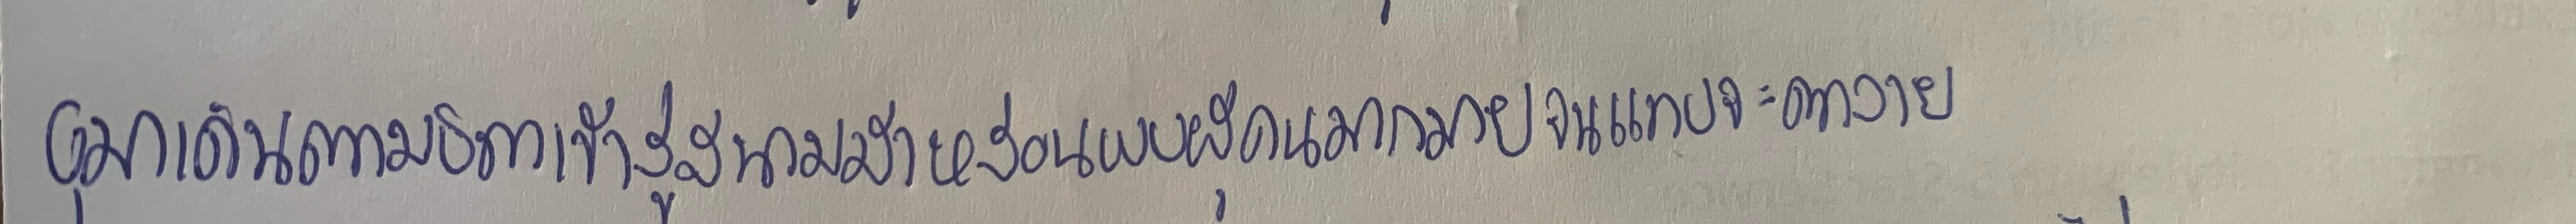
อุมาเดินตามบิดาเข้าสู่สนามม้าหล่อนพบผู้คนมากมายจนแทบจะตาลาย